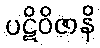
ပဋိဝိဇာနိ